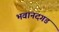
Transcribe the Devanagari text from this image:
भवानदगड